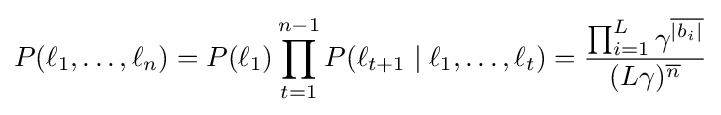
P(\ell _{1},\ldots ,\ell _{n})=P(\ell _{1})\prod _{t=1}^{n-1}P(\ell _{t+1}\mid \ell _{1},\ldots ,\ell _{t})={\frac {\prod _{i=1}^{L}\gamma ^{\overline {\left|{b_{i}}\right|}}}{(L\gamma )^{\overline {n}}}}